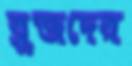
ব্লুজদের